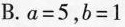
B.a=5，b=1